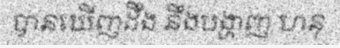
បានឃើញដឹង នឹងបង្ហាញ ហនុ